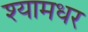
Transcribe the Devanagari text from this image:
श्यामधर